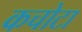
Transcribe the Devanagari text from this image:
कचोटा